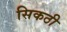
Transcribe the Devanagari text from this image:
सिकठी